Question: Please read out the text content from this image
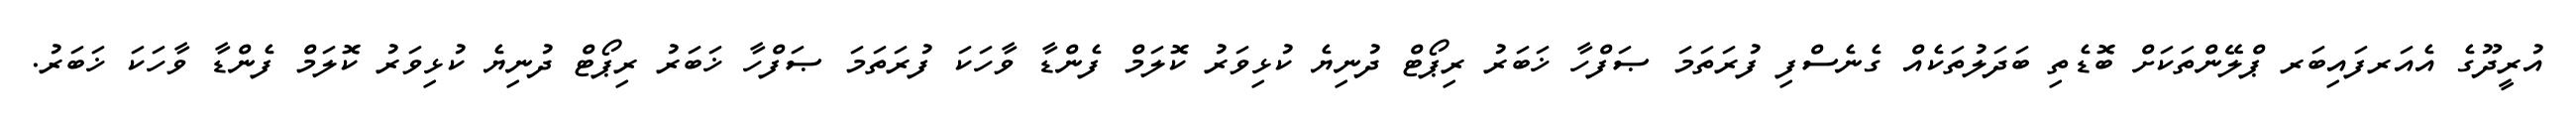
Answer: އުރީދޫގެ އެއަރފައިބަރ ޕްލޭންތަކަށް ބޮޑެތި ބަދަލުތަކެއް ގެނެސްފި ފުރަތަމަ ޞަފްހާ ޚަބަރު ރިޕޯޓް ދުނިޔެ ކުޅިވަރު ކޮލަމް ފެންޑާ ވާހަކަ ފުރަތަމަ ޞަފްހާ ޚަބަރު ރިޕޯޓް ދުނިޔެ ކުޅިވަރު ކޮލަމް ފެންޑާ ވާހަކަ ޚަބަރު.